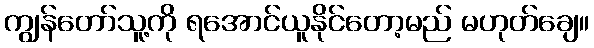
ကျွန်တော်သူ့ကို ရအောင်ယူနိုင်တော့မည် မဟုတ်ချေ။